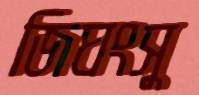
জিঘংসু